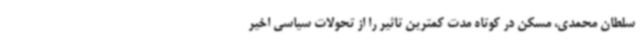
سلطان محمدی، مسکن در کوتاه مدت کمترین تاثیر را از تحولات سیاسی اخیر